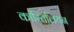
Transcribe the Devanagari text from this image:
कास्तिलियन